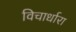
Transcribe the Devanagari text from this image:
विचार्धारा